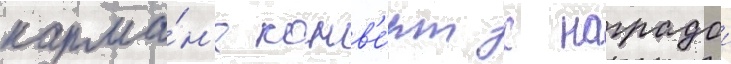
карма́н'е конв'е́рт с наградои